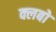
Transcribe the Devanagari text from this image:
क्लबो